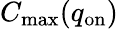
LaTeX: C_{\mathrm{max}}(q_{\mathrm{on}})